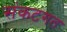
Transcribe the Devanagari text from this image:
संकटगत